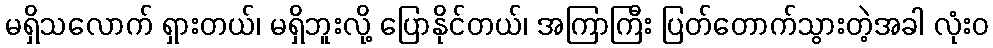
မရှိသလောက် ရှားတယ်၊ မရှိဘူးလို့ ပြောနိုင်တယ်၊ အကြာကြီး ပြတ်တောက်သွားတဲ့အခါ လုံးဝ